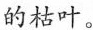
的枯叶。